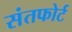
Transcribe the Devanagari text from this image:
संतफोर्ट